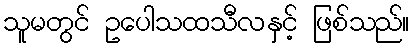
သူမတွင် ဥပေါသထသီလနှင့် ဖြစ်သည်။